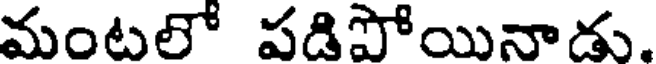
మంటలో పడిపోయినాడు.